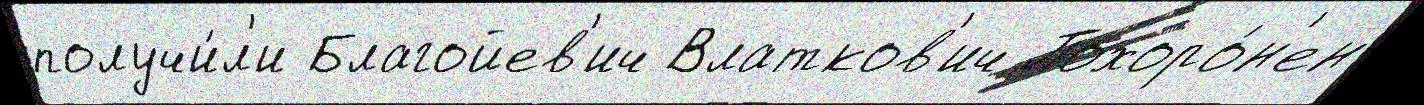
получи́л'и Благойев'ич Влатков'ич Похоро́н'ен